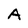
Character: A